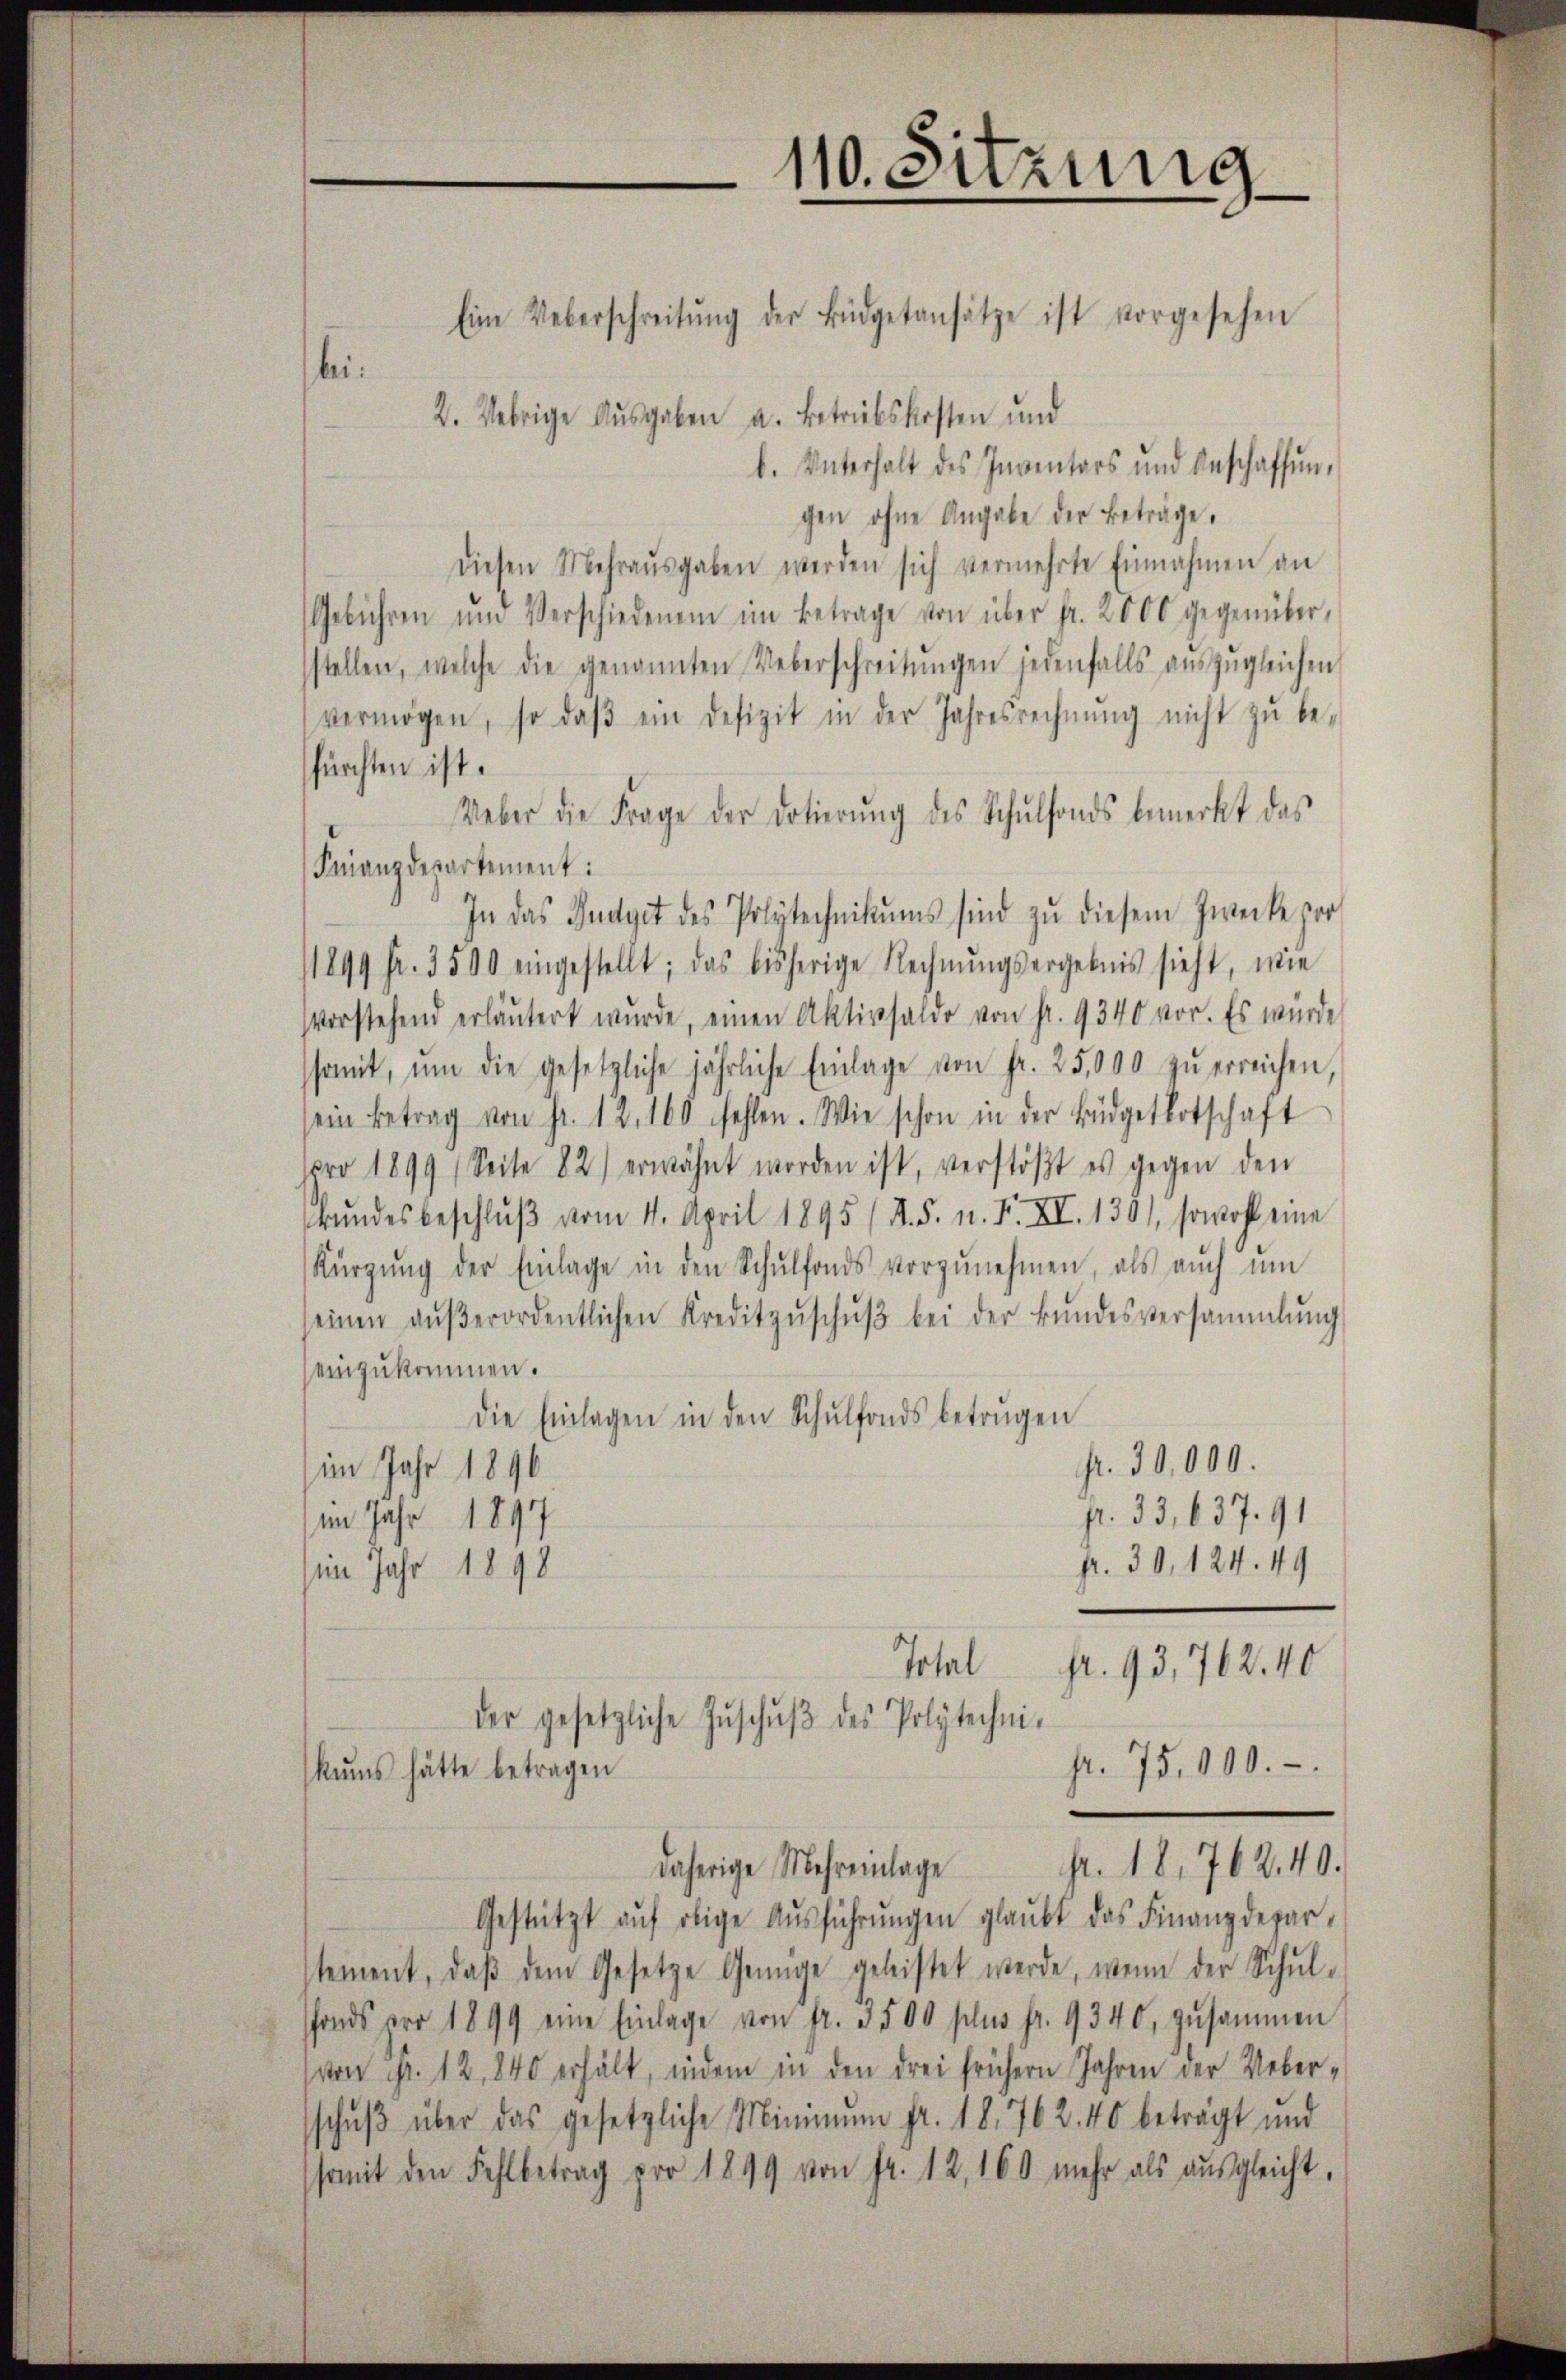
bei¬

110. Sitzung

Eine Ueberschreitŭng der Büdgetansätze ist vorgesehen
2. Uebrige Aŭsgaben a. betriebskosten und
b. Unterhalt des Inventars und beschaffen,
gen ohne Angabe der Beträge.
diesen Mehraŭsgaben werden sich vermehrte Einnahmen an
Gebühren und Verschiedenen im Betrage von über fr. 2000 gegenüberstellen, welche die genannten Ueberschreitŭngen jedenfalls aŭszŭgleichen
vermögen, so daβ ein Defizit in der Jahresrechnŭng nicht zŭ be-
fürchten ist.
Ueber die Frage der Dotierŭng des Schŭlfonds bemerkt das
Finanzdepartement:
In das Budget des Polytechnikums sind zŭ diesem Zwecke zer
1899 Fr. 3500 eingestellt; das bisherige Rechnŭngsergebnis sieht, wie
vvorstehend erläutert wurde, einen Aktivsaldo von fr. 9340 vor. Es würde
somit, ŭm die gesetzliche jährliche Einlage von fr. 25,000 zŭ erreichen,
ein Betrag von Fr. 12. 100 fehlen. Wie schon in der Büdgetbotschaft
pro 1899 (Seite 82) erwähnt worden ist, verstößt es gegen den
kŭndesbeschlŭβ vom 4. April 1895 /d. S. n. F. XI. 130), sowohl eine
Kürzung der Einlage in den Schŭlfonds vorzŭnehmen, als aŭch ŭm
seinen aŭβerordentlichen Kreditzŭschŭβ bei der Bŭndesversammlung
einzukommen.
die Einlagen in den Schŭlfonds betrugen
fr. 30,000.
im Jahr 1896
fr. 33,637. 91
(im Jahr 1897
fr. 30, 124. 49
im Jahr 1898
Total fr. 93, 762. 40
der gesetzliche Zŭschŭβ des Polytechni-
fr. 75,000.-
kums hätte betragen
pr. 18,762. 40.
daherige Mehreinlage
Gestützt aŭf obige Aŭsführŭngen glaubt das Finanzdepar-
stement, daβ dem Gesetze Genüge geleistet werde, wenn der Schulfonds pro 1899 eine Einlage von fr. 3500 plus fr. 9340, zusammen
(von Fr. 12, 840 erhält, indem in den drei frühern Jahren der Ueberschŭβ über das gesetzliche Minimum fr. 18. 762. 40 beträgt und
somit den Fehlbetrag pro 1899 von fr. 12, 160 mehr als ausgleicht.